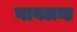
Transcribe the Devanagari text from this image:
नायलन्ड